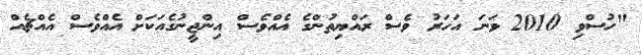
"ހުސްވި 2010 ވަނަ އަހަރު ވެސް ރައްޔިތުންގެ އެއްވެސް އިންޖީނުގެއަކަށް އެއްވެސް އެއްޗެއް